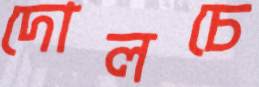
দোলচে